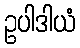
ဥပါဒါယံ